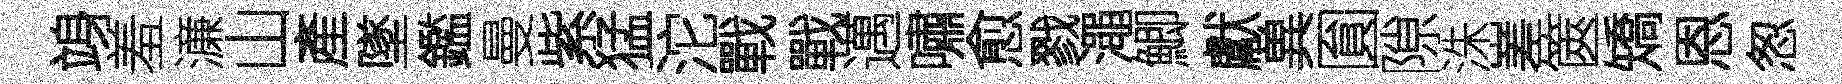
竧羞濓山產墜鑑曼紫猛沱戰戰邁嘯愈戮澠鯽獻兾圎隙洙嵳篋矯恩怱